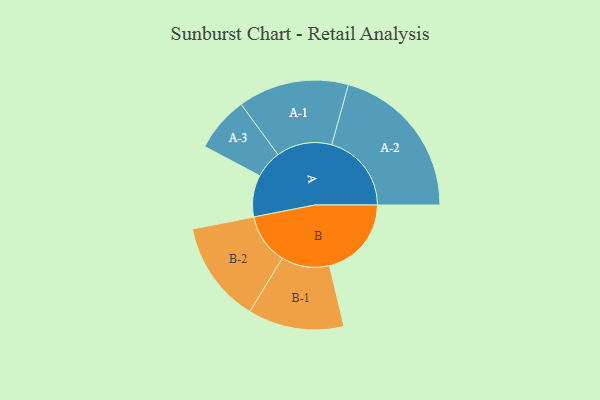
{"axis": {"x": "Segment", "y": "Value"}, "legend": ["", "A", "B"], "data": [{"x": "A", "y": 153, "type": ""}, {"x": "B", "y": 300, "type": ""}, {"x": "A-1", "y": 203, "type": "A"}, {"x": "A-2", "y": 292, "type": "A"}, {"x": "A-3", "y": 101, "type": "A"}, {"x": "B-1", "y": 176, "type": "B"}, {"x": "B-2", "y": 186, "type": "B"}]}